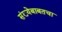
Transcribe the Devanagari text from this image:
संख्येबाबतचा